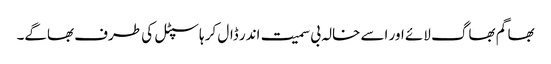
بھاگم بھاگ لائے اور اسے خالہ بی سمیت اندر ڈال کر ہاسپٹل کی طرف بھاگے۔